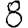
Digit: 8